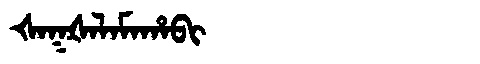
Manchu: ᡧᠠᡴᡧᠠᠯᠠᠮᠠᡥᠠᠪᡳ
Romanization: ŠAKŠALAMAHABI